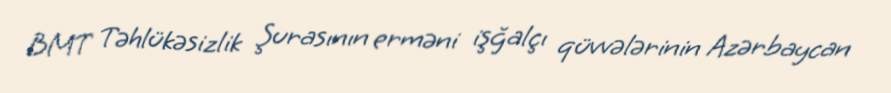
BMT Təhlükəsizlik Şurasının erməni işğalçı qüvvələrinin Azərbaycan